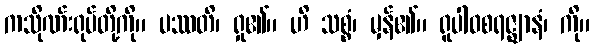
ကသိုဏ်းရုပ်တို့ကို။ ပဿတိ၊ ရှု၏။ ဟိ သစ္စံ၊ မှန်၏။ ရူပါဝစရဇ္ဈာနံ၊ ကို။